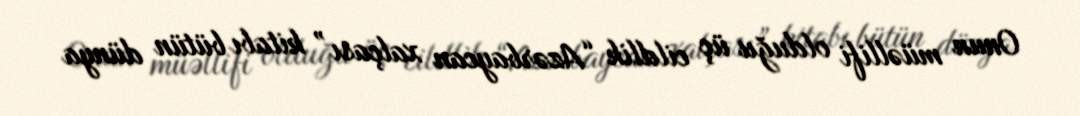
Onun müəllifi olduğu üç cildlik “Azərbaycan xalçası” kitabı bütün dünya